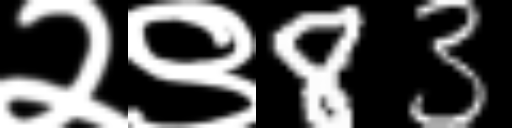
Text: २९83